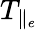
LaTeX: T_{\parallel_{e}}